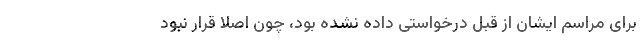
برای مراسم ایشان از قبل درخواستی داده نشده بود، چون اصلاً قرار نبود